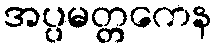
အပ္ပမတ္တကေန